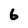
Character: 6